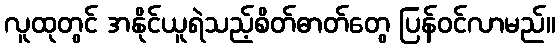
လူထုတွင် အနိုင်ယူရဲသည့်စိတ်ဓာတ်တွေ ပြန်ဝင်လာမည်။